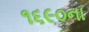
૧૬૯૦ના